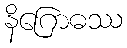
နိဂြောဓဿ